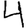
Digit: 4